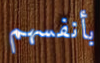
بأنفسهم